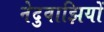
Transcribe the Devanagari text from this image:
नेदुवाझियों